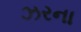
ઝરના